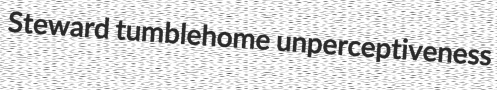
Steward tumblehome unperceptiveness